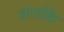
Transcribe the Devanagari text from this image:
हांलंकि